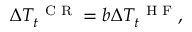
\Delta T _ { t } ^ { \mathrm { ~ \scriptsize ~ C ~ R ~ } } = b \Delta T _ { t } ^ { \mathrm { ~ \scriptsize ~ H ~ F ~ } } ,